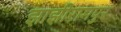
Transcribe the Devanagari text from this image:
झाझीरामपुर